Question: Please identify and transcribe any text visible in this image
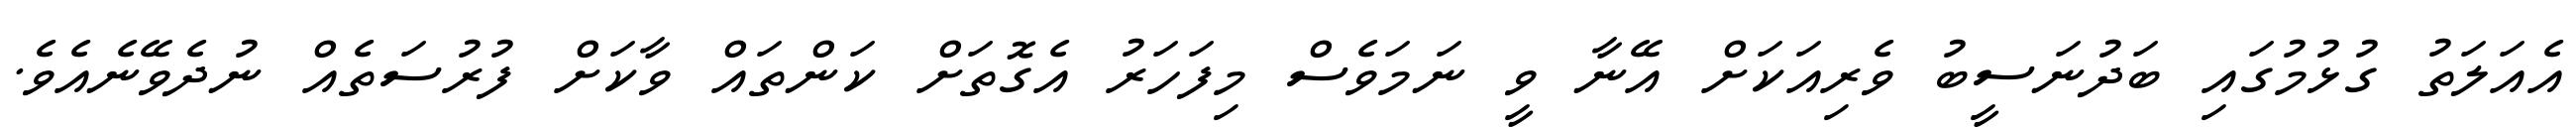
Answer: އެއަލަތު ގުޅުމުގައި ބަދުނަސީބު ވެރިއަކަށް އޭނާ ވީ ނަމަވެސް މިފަހަރު އެގޮތަށް ކަންތައް ވާކަށް ފުރުސަތެއް ނުދެވޭނެއެވެ.